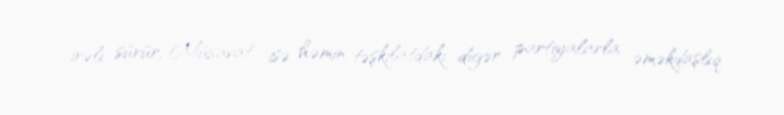
irəli sürür, Müsavat isə həmin təşkilatdakı digər partiyalarla əməkdaşlıq